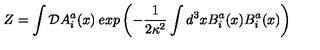
Z = \int { \cal D } A _ { i } ^ { a } ( x ) \: e x p \left( - \frac { 1 } { 2 \kappa ^ { 2 } } \int d ^ { 3 } x B _ { i } ^ { a } ( x ) B _ { i } ^ { a } ( x ) \right)